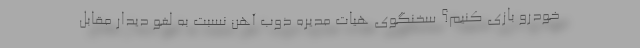
خودرو بازی کنیم؟ سخنگوی هیات مدیره ذوب آهن نسبت به لغو دیدار مقابل